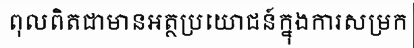
ពុលពិតជាមានអត្ថប្រយោជន៍ក្នុងការសម្រក